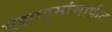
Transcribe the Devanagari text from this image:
एंझाइमांमार्फत